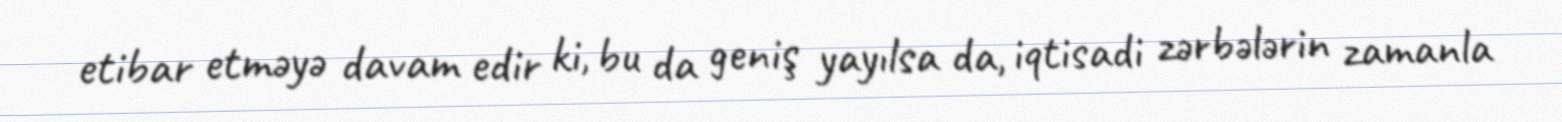
etibar etməyə davam edir ki, bu da geniş yayılsa da, iqtisadi zərbələrin zamanla